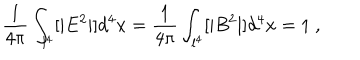
\frac { 1 } { 4 \pi } \int _ { l ^ { 4 } } [ | E ^ { 2 } | ] d ^ { 4 } x = \frac { 1 } { 4 \pi } \int _ { l ^ { 4 } } [ | B ^ { 2 } | ] d ^ { 4 } x = 1 ~ ,